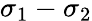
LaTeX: \sigma_{1}-\sigma_{2}